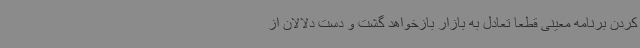
کردن برنامه معینی قطعا تعادل به بازار بازخواهد گشت و دست دلالان از